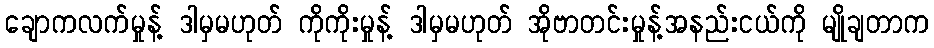
ချောကလက်မှုန့် ဒါမှမဟုတ် ကိုကိုးမှုန့် ဒါမှမဟုတ် အိုဗာတင်းမှုန့်အနည်းငယ်ကို မျိုချတာက